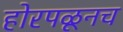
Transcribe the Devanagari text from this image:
होरपळूनच